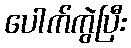
ပေါက်ကွဲပြီး